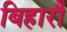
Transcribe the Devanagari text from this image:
बिहारौं